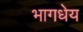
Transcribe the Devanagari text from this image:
भागधेय